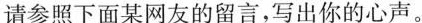
请参照下面某网友的留言，写出你的心声。